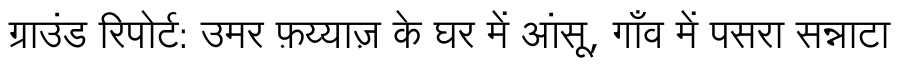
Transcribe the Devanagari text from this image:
ग्राउंड रिपोर्ट: उमर फ़य्याज़ के घर में आंसू, गाँव में पसरा सन्नाटा